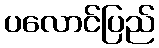
ပလောင်ပြည်